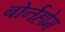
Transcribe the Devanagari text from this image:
बोर्नहोम